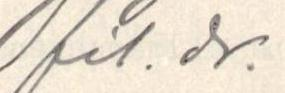
fil. dr.